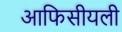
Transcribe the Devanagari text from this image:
आफिसीयली